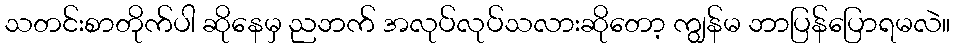
သတင်းစာတိုက်ပါ ဆိုနေမှ ညဘက် အလုပ်လုပ်သလားဆိုတော့ ကျွန်မ ဘာပြန်ပြောရမလဲ။